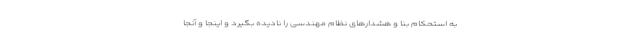
به استحکام بنا و هشدارهای نظام مهندسی را نادیده بگیرد و اینجا و آنجا